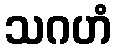
သဂဟံ